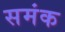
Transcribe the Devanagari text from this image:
समंक